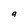
Character: g